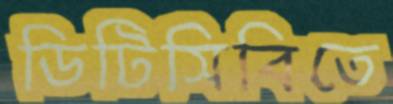
ডিটিসিবিতে